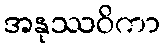
အနုဿဝိကာ